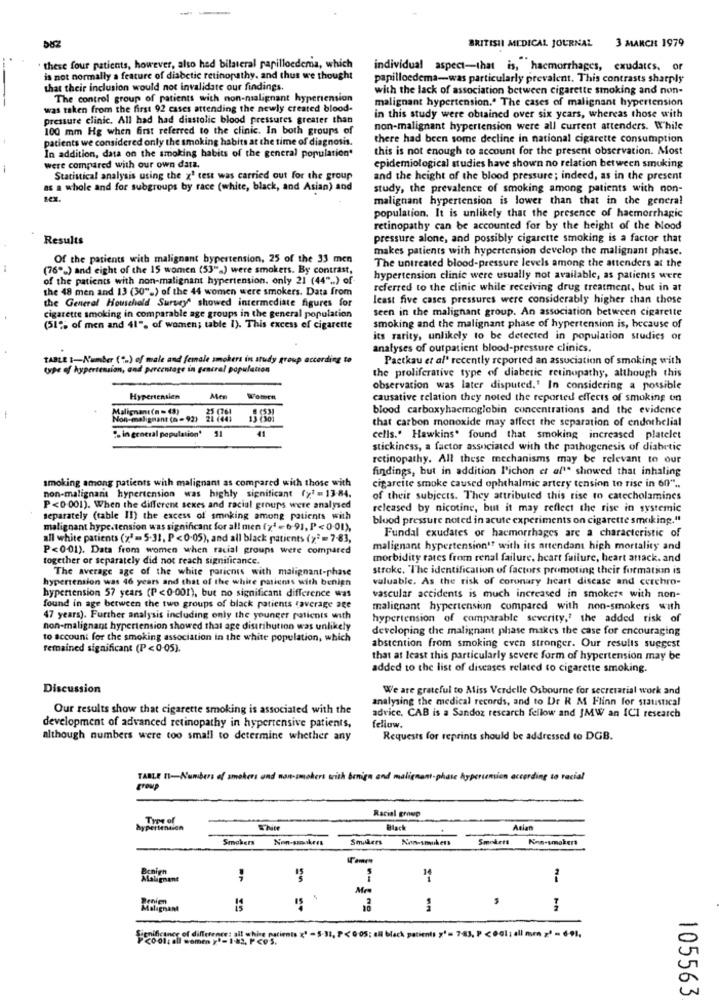
582
BRITISH MEDICAL JOURNAL
3 MARCH 1979
these four patients, however, also hed bilateral papilloedema, which
individual aspect-that is, hacmorrhages, exudates, or
is not normally a feature of diabetic retinopathy, and thus we thought
papilloedema-was particularly prevalent. This contrasts sharply
that their inclusion would not invalidate our findings.
with the lack of association between cigarette smoking and non-
The control group of patients with non-malignant hypertension
malignant hypertension." The cases of malignant hypertension
was taken from the first 92 cases attending the newly created blood-
pressure clinic. All had had diastolic blood pressures greater than
in this study were obtained over six years, whereas those with
100 mm Hg when first referred to the clinic. In both groups of
non-malignant hypertension were all current attenders. While
patients we considered only the smoking habits at the time of diagnosis.
there had been some decline in national cigarette consumption
In addition, data on the smoking habits of the general population'
this is not enough to account for the present observation. Most
were compared with our own datz.
epidemiological studies have shown no relation between smuking
Statistical analysis using the x' test was carried out for the group
and the height of the blood pressure; indeed, as in the present
as a whole and for subgroups by race (white, black, and Asian) and
study, the prevalence of smoking among patients with non-
sex.
malignant hypertension is lower than that in the general
population. It is unlikely that the presence of haemorrhagic
retinopathy can be accounted for by the height of the blood
Results
pressure alone, and possibly cigarette smoking is a factor that
makes patients with hypertension develop the malignant phase.
Of the patients with malignant hypertension, 25 of the 33 men
(76".) and eight of the 15 women (53".) were smokers. By contrast,
The untreated blood-pressure levels among the attenders at the
of the patients with non-malignant hypertension. only 21 (44" .. ) of
hypertension clinic were usually not available, as patients were
the 48 men and 13 (30".) of the 44 women were smokers. Data from
referred to the clinic while receiving drug treatment, but in at
the General Household Survey" showed intermediate figures for
least five cases pressures were considerably higher than those
seen in the malignant group. An association between cigarette
cigarette smoking in comparable age groups in the general population
(51% of men and 41", of women; table 1). This excess of cigarette
smoking and the malignant phase of hypertension is, because of
its rarity, unlikely to be detected in population studies of
analyses of outpatient blood-pressure clinics.
TABLE 1-Number (".) of male and female smokers in study group according to
Pactkau et al' recently reported an association of smoking with
type of hypertension, and percentage in general population
the proliferative type of diabetic retinopathy, although this
observation was later disputed.' In considering a possible
Hypertensien
Men
causative relation they noted the reported effects of smoking on
Malignant(n = 43)
blood carboxyhaemoglobin concentrations and the evidence
Non-malignant (n = 92)
that carbon monoxide may affect the separation of endothelial
"in general population'
51
41
cells." Hawkins" found that smoking increased platelet
stickiness, a factor associated with the pathogenesis of diabetic
retinopathy. All these mechanisms may be relevant to our
findings, but in addition l'ichon et al" showed that inhaling
smoking among patients with malignant as compared with those with
non-malignant hypertension was highly significant (>" = 13-84.
cigarette smoke caused ophthalmic artery tension to rise in 60" ..
of their subjects. They attributed this rise to catecholamines
P <0.001). When the different sexes and racial groups were analysed
released by nicotine, but it may reflect the rise in systemic
separately (table II) the excess of smoking among patients with
blood pressure noted in acute experiments on cigarette smoking."
malignant hype.tension was significant for all men (74=6-91, P<0-01),
all white patients (x2 = 5.31, P < 0.05), and all black patients (y" = 7-83,
Fundal exudates or hacmorrhages are a characteristic of
P<001). Data from women when racial groups were compared
malignant hypertension'? with its attendant high mortality and
together or separately did not reach significance.
morbidity rates from renal failure, heart failure, heart attack. and
The average age of the white patients with malignant-phase
stroke. "The identification of factors promoting their formation is
hypertension was 46 years and that of the white patients with benign
valuable. As the risk of coronary heart disease and cerchro-
hypertension 57 years (P <0-001), but no significant difference was
vascular accidents is much increased in smokers with non-
found in age between the two groups of black patients raverage age
malignant hypertension compared with non-smokers with
47 years). Further analysis including only the younger patients with
hypertension of comparable severity,' the added risk of
non-malignant hypertension showed that age distribution was unlikely
developing the malignant phase makes the case for encouraging
to account for the smoking association in the white population, which
remained significant (P < 0-05).
abstention from smoking even stronger. Our results suggest
that at least this particularly severe form of hypertension may be
added to the list of diseases related to cigarette smoking.
Discussion
We are grateful to Miss Verdelle Osbourne for secretarial work and
analysing the medical records, and to Dr R M Flinn for staustical
Our results show that cigarette smoking is associated with the
advice. CAB is a Sandoz research fellow and JMW an ICI research
fellow.
development of advanced retinopathy in hypertensive patients,
although numbers were too small to determine whether any
Requests for reprints should be addressed to DGB.
TABLE 11-Numbers of smokers and non-smokers writh benign and malignant-phase hypertension according to racial
group
Racial group
Type of
hypertention
Black
Asian
Smokers
Non-smokers
Smaskers
Non-smokers
Smokeis
Non-smokers
Benign
Malignant
Denien
Malignant
-
ignificaner of difference : all white patients (1 - 5-31, P< 0:05; all black patients y'= 783, P <0cl; all mr z' - 6-91,
105563